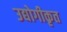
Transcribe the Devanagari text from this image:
उद्योगीकृत